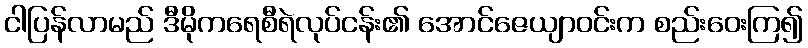
ငါပြန်လာမည် ဒီမိုကရေစီရဲလုပ်ငန်း၏ အောင်ဇေယျာဝင်းက စည်းဝေးကြ၍